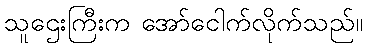
သူဌေးကြီးက အော်ငေါက်လိုက်သည်။